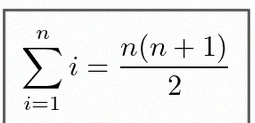
\sum_{i=1}^{n}i=\frac{n(n+1)}2